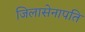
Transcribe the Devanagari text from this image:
जिलासेनापति